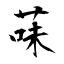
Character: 菋